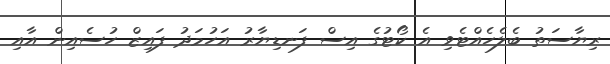
ރިޔާސަތު ބެލެހެއްޓެވި އެ ކޯޓުގެ އިސް ފަނޑިޔާރު އަހުމަދު ފައިޒް ހުސެއިން އާއި